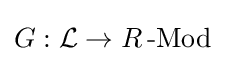
G:{\mathcal {L}}\to R\operatorname {-Mod}